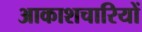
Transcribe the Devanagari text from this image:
आकाशचारियों